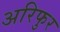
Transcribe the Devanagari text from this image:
अरिफुर